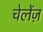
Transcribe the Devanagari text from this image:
चेलेंज़